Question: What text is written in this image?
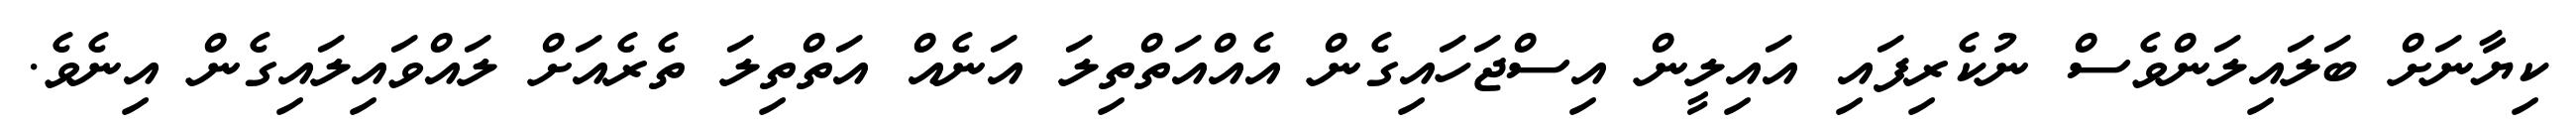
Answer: ކިޔާނަށް ބަލައިލަންވެސް ނުކެރިފައި އައިލީން އިސްޖަހައިގެން އެއްއަތްތިލަ އަނެއް އަތްތިލަ ތެރެއަށް ލައްވައިލައިގެން އިނެވެ.